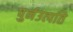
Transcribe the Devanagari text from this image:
पुर्नउत्पति